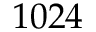
1 0 2 4